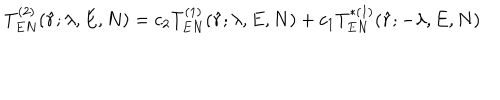
LaTeX: T _ { E N } ^ { ( 2 ) } ( \hat { r } ; \lambda , E , N ) = c _ { 2 } T _ { E N } ^ { ( 1 ) } ( \hat { r } ; \lambda , E , N ) + c _ { 1 } T _ { E N } ^ { * ( 1 ) } ( \hat { r } ; - \lambda , E , N )